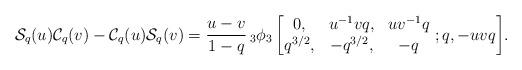
LaTeX: \begin{align*} \mathcal{S}_{q}(u)\mathcal{C}_{q}(v)-\mathcal{C}_{q}(u)\mathcal{S}_{q}(v) =\frac{u-v}{1-q}\,_{3}\phi_{3}\left[\begin{matrix} 0, & u^{-1}vq, & uv^{-1}q \\ q^{3/2}, & -q^{3/2}, & -q \end{matrix}\ ;q, -uvq \right]\!. \end{align*}